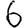
Digit: 6